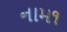
નામ૧